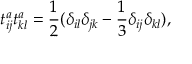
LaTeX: t _ { i j } ^ { a } t _ { k l } ^ { a } = \frac { 1 } { 2 } ( \delta _ { i l } \delta _ { j k } - \frac { 1 } { 3 } \delta _ { i j } \delta _ { k l } ) ,